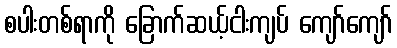
စပါးတစ်ရာကို ခြောက်ဆယ့်ငါးကျပ် ကျော်ကျော်